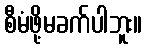
စီမံဖို့မခက်ပါဘူး။